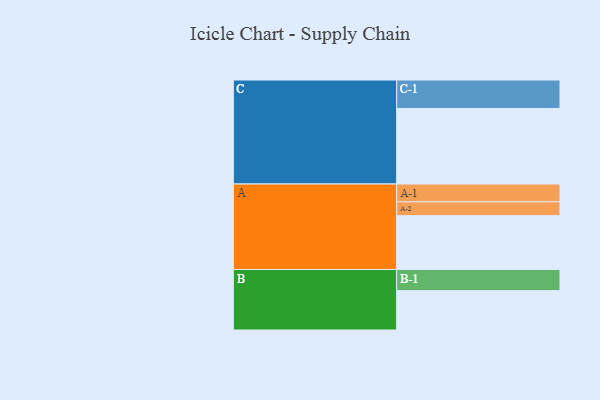
{"axis": {"x": "Segment", "y": "Value"}, "legend": ["", "A", "B", "C"], "data": [{"x": "A", "y": 412, "type": ""}, {"x": "B", "y": 301, "type": ""}, {"x": "C", "y": 578, "type": ""}, {"x": "A-1", "y": 136, "type": "A"}, {"x": "A-2", "y": 106, "type": "A"}, {"x": "B-1", "y": 162, "type": "B"}, {"x": "C-1", "y": 218, "type": "C"}]}